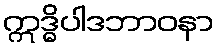
ဣဒ္ဓိပါဒဘာဝနာ